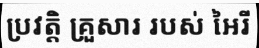
ប្រវត្តិ គ្រួសារ របស់ អៃរី